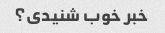
خبر خوب شنیدی؟